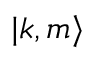
{ | k , m \rangle }